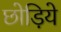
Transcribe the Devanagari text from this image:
छोड़िये